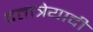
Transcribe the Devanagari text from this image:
दत्तात्रेयादी